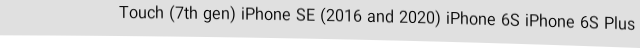
Touch (7th gen) iPhone SE (2016 and 2020) iPhone 6S iPhone 6S Plus